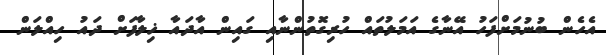
އެހެން ބުނުމަށްފަހު އޭނާގެ އަމަލުތައް ހުރިގޮތުންނާއި ގައިން އާދައާ ޚިލާފަށް ދައު ހިއްލަން